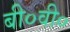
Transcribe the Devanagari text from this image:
बी०वी०